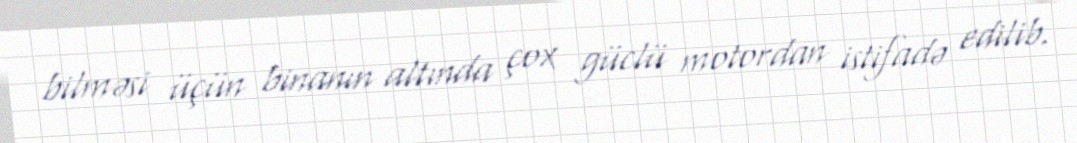
bilməsi üçün binanın altında çox güclü motordan istifadə edilib.